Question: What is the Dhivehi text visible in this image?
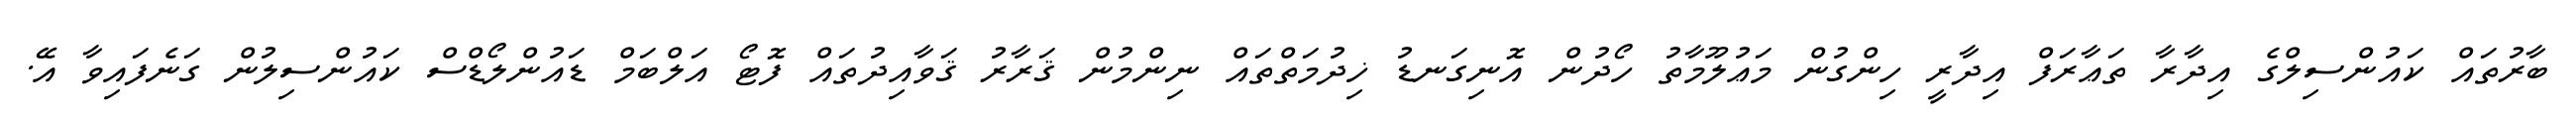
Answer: ބާރުތައް ކައުންސިލްގެ އިދާރާ ތަޢާރަފް އިދާރީ ހިންގުން މަޢުލޫމާތު ހޯދުން އޮނިގަނޑު ޚިދުމަތްތައް ނިންމުން ޤަރާރު ޤަވާއިދުތައް ފޮޓޯ އަލްބަމް ޑައުންލޯޑްސް ކައުންސިލުން ގަނެފައިވާ އޭ.